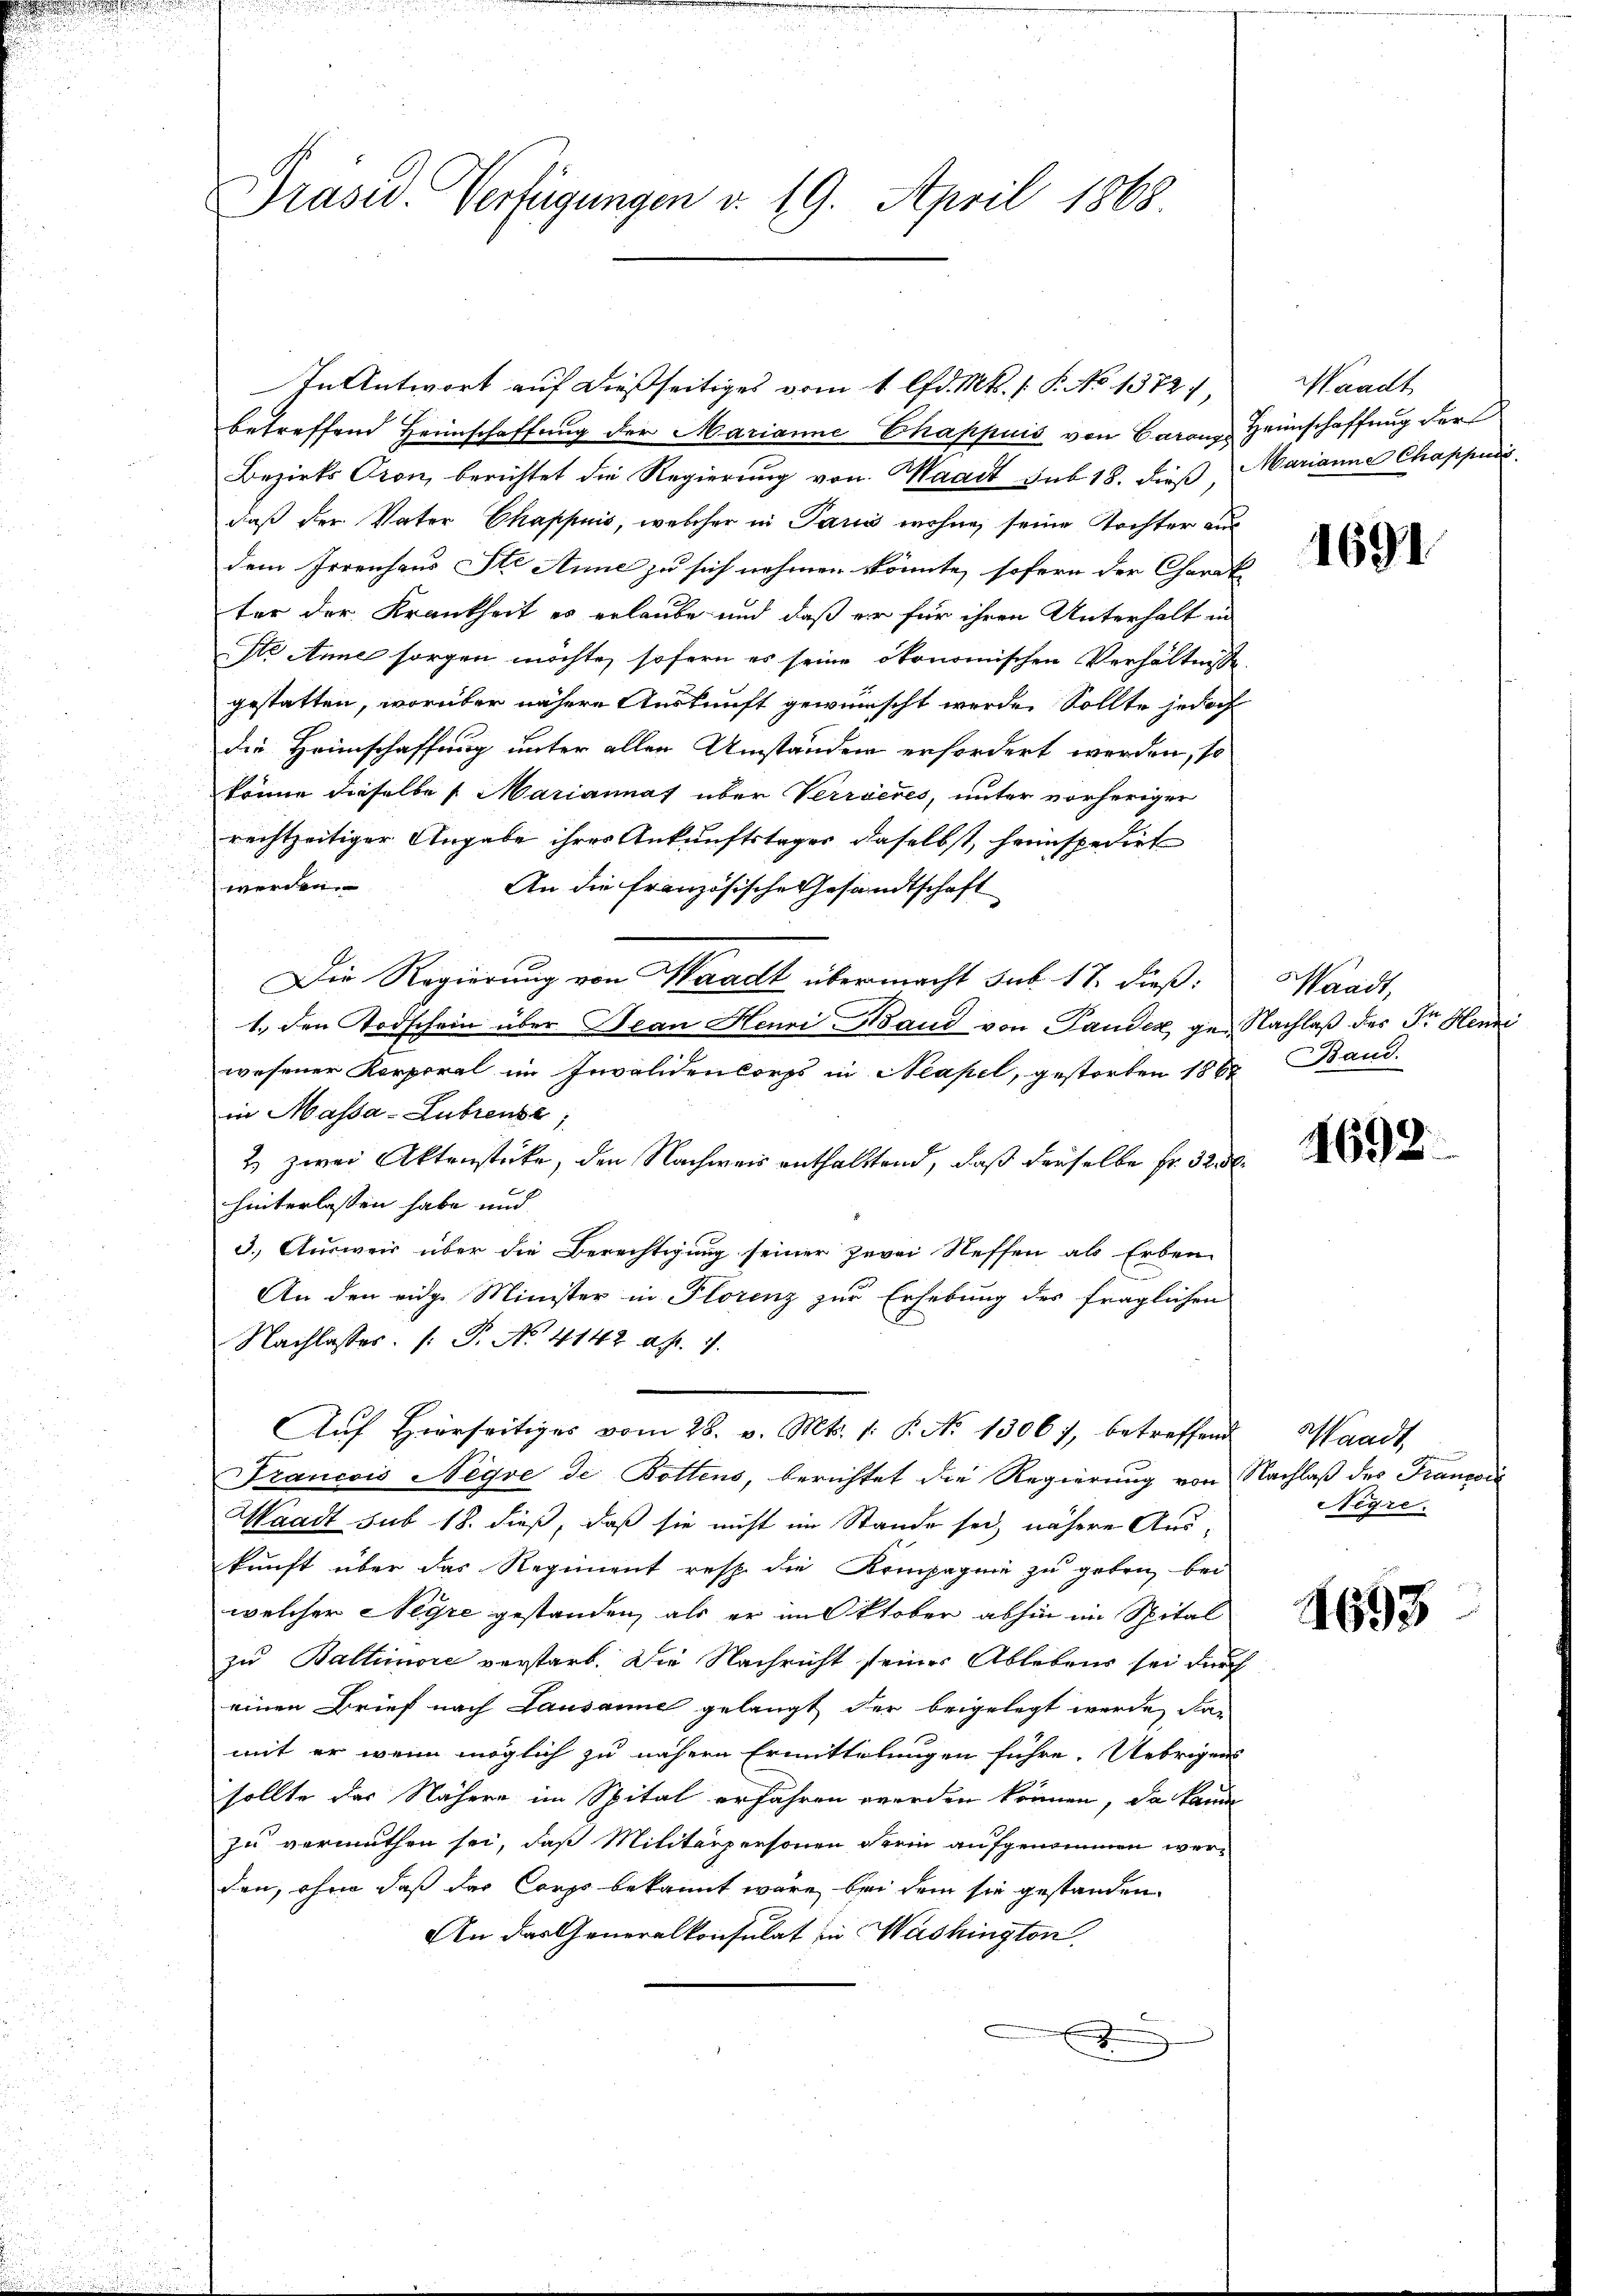
Präsid. Verfügungen v. 19. April 1868

betreffend Heimschaffŭng der Marianne Chappuis von Baron Heimschaffung der
Bezirks Cron, berichtet die Regierung von Waadt sub 18. dieß, Marianne Chappudi
daß der Vater Chappuis, welcher in Paris wohne, seine Tochter aus
dem Irrenhaus Ste Anne zu sich nehmen könnte, sofern der Charak
ter der Krankheit es erlaube und daß er für ihren Unterhalt in
ste Anne sorgen möchte, sofern es seine ökonomischen Verhältnisse.
gestatten, worüber nähere Auskunft gewünscht werde. Sollte jedoch
die Heimschaffung unter allen Umständen erfordert werden, so
könne dieselbe 1. Mariannas über Verrieres, unter vorheriger
rechtzeitiger Angabe ihrer Ankunftstages daselbst, heimspedirt
werden.
An die französische Gesandtschaft
Die Regierung von Waadt übermacht sub. 17. dieß:
1. den Todschein über Bean Henri Hand von Pander ge- Nachlaß des Sr. Henn
wesener Korporal im Invalidencorps in Neapel, gestorben 1862 Band.
in Massa-Lubrenze;
2 zwei Aktenstücke, den Nachweis enthaltend, daß derselbe fr. 325.
hinterlassen habe und
3.) Ausweis über die Berechtigung seiner zwei Neffen als Erben
An den eidge Minister in Florenz zur Erhebung des fraglichen
Nachlasses /: P. No. 4142 ap. 1.
Aŭf Hierseitiges vom 28. v. Mts. 1. P. N. 1306), betreffend Waadt
Francois Negre de Bottens, berichtet die Regierung von Nachlaß des Françoić
Waadt sub 18. dieß, daß sie nicht im Stande sei, nähere Auskunft über das Regiment resp. die Kompagnie zu geben, bei
welcher Negre gestanden, als er im Oktober abhin im Spital
zu Baltimore verstarb. Die Nachricht seiner Ablebens sei durch
einen Brief nach Lausanne gelangt der beigelegt werde, dan
mit er wenn möglich zu nähern Ermittelungen führe. Uebrigens
sollte der Nähern im Spital erfahren werden können, da kann
zu vermuthen sei, daß Militärpersonen Ferin aufgenommen werden, ohne daß der Corps bekannt wäre bei dem sie gestanden.
An das Generalkonsulat in Washington,
2

In Antwort auf dießseitiges vom 1. lfd. Mt. /: P. No 1372.

Waadt

1691

Waadt,

4692.

Segre

1693